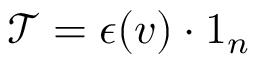
\boldsymbol { \mathcal { T } } = \boldsymbol { \epsilon } ( \boldsymbol { v } ) \boldsymbol { \cdot } \boldsymbol { 1 } _ { n }